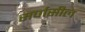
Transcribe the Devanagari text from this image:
सर्पासील